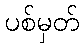
ပစ်မှတ်